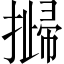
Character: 𢵴